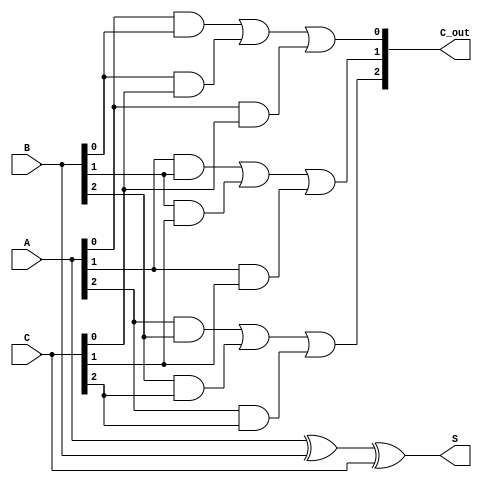
module CarrySaveAdder (
    input  [2:0] A,  // 3-bit input A
    input  [2:0] B,  // 3-bit input B
    input  [2:0] C,  // 3-bit input C
    output [2:0] S,  // 3-bit sum output
    output [2:0] C_out // 3-bit carry output
);

// Sum outputs
assign S = A ^ B ^ C; // S[i] = A[i] XOR B[i] XOR C[i]

// Carry outputs
assign C_out[0] = (A[0] & B[0]) | (B[0] & C[0]) | (A[0] & C[0]); // C[0]
assign C_out[1] = (A[1] & B[1]) | (B[1] & C[1]) | (A[1] & C[1]); // C[1]
assign C_out[2] = (A[2] & B[2]) | (B[2] & C[2]) | (A[2] & C[2]); // C[2]

endmodule